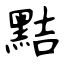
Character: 黠